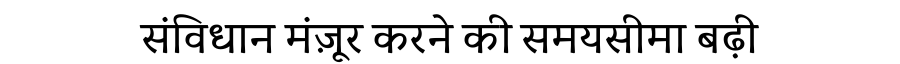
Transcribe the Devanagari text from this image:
संविधान मंज़ूर करने की समयसीमा बढ़ी